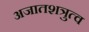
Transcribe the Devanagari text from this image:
अजातशत्रुत्व